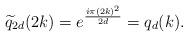
LaTeX: \begin{align*}\widetilde{q}_{2d}(2k)=e^{\frac{i\pi (2k)^2}{2d}}=q_d(k). \end{align*}